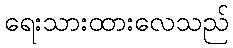
ရေးသားထားလေသည်